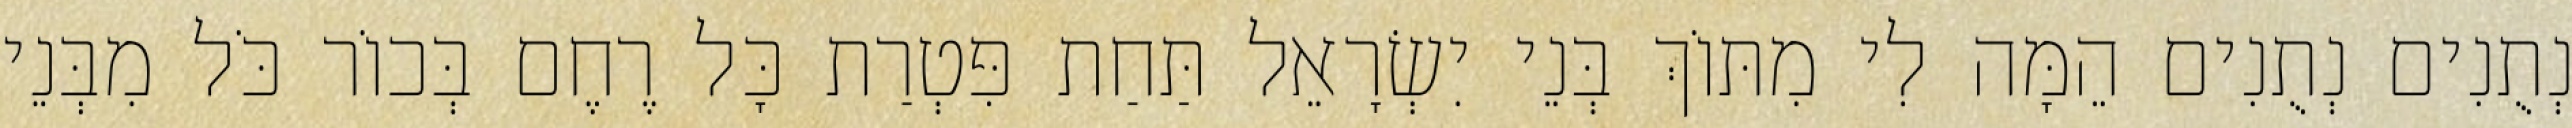
נְתֻנִים נְתֻנִים הֵמָּה לִי מִתּוֹךְ בְּנֵי יִשְׂרָאֵל תַּחַת פִּטְרַת כָּל רֶחֶם בְּכוֹר כֹּל מִבְּנֵי